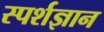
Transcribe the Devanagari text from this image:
स्‍पर्शज्ञान